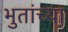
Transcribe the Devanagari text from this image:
भुतांच्या